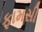
ફામસી